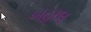
બહાલ